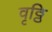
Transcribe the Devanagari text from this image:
वृठ्ठि